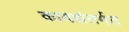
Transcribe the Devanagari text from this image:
कायद्यंतर्गत